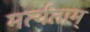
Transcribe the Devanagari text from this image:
मर्त्यताम्